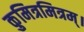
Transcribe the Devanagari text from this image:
कुमित्रमित्रम्।